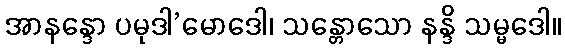
အာနန္ဒော ပမုဒါ’မောဒေါ၊ သန္တောသော နန္ဒိ သမ္မဒေါ။